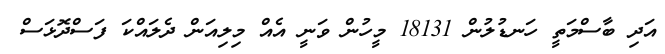
އަދި ބާސްމަތީ ހަނޑުލުން 18131 މީހުން ވަނީ އެއް މިލިއަން ދެލައްކަ ފަސްދޮޅަސް